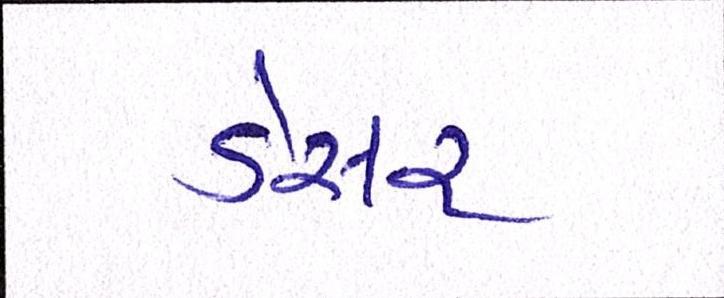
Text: ડેસર